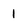
Character: 1